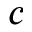
c